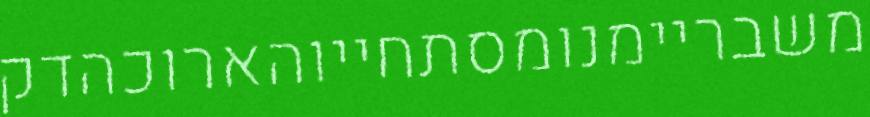
משבריימנומסתחייוהארוכהדק